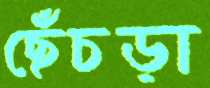
ছেঁচড়া